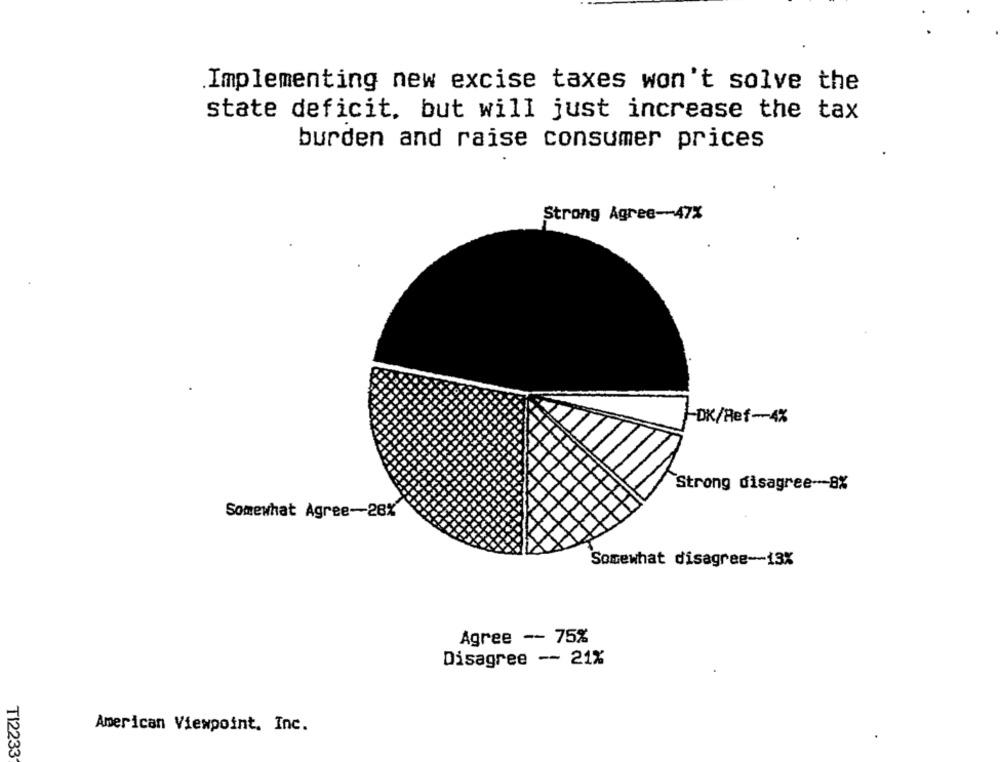
Implementing new excise taxes won't solve the
state deficit, but will just increase the tax
burden and raise consumer prices
Strong Agree -- 47%
-DK/Ref-4%
Strong disagree --- 8%
Somewhat Agree-28%
Somewhat disagree -- 13%
Agree -- 75%
Disagree -- 21%
American Viewpoint. Inc.
TI2233